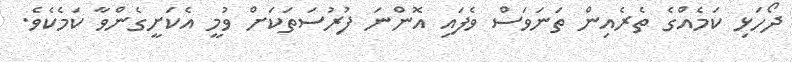
ދޯހަޅި ކަމެއްގެ ތެރެއިން ތަނަވަސް ވެފައި އޮންނަ ފުރުސަތަކަށް ވުމީ އެކަށީގެންވާ ކަމެކެވެ.